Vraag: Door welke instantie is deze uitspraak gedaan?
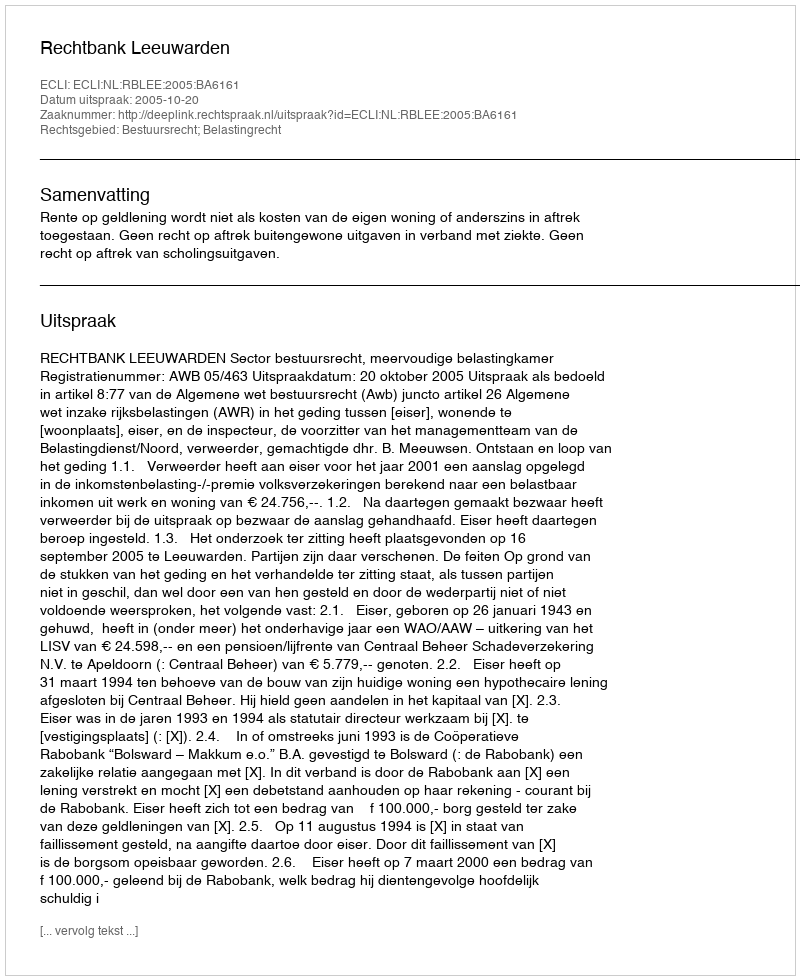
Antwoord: Rechtbank Leeuwarden